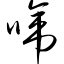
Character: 啼